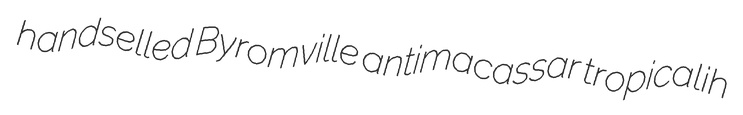
handselled Byromville antimacassar tropicalih